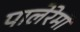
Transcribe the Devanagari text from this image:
पालेरेमो